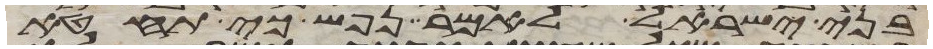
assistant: בני ישראל לאמר נפש כי תחטא